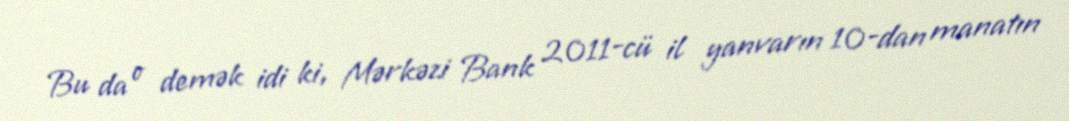
Bu da o demək idi ki, Mərkəzi Bank 2011-cü il yanvarın 10-dan manatın